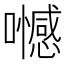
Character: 𡄏